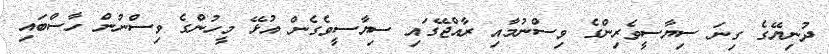
ދުނިޔޭގެ ގިނަ ސިޔާސީވެރިންގެ ވިސްނުމާއި ރާއްޖޭގައި ސިޔާސީވެގެން އުޅޭ މީހުންގެ ވިސްނުން ހާސްބައި